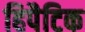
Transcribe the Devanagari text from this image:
हिपैटिक